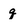
Character: q